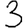
Digit: 3